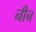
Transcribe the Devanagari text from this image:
नीन